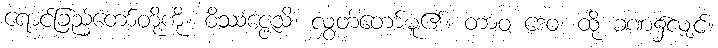
ရောင်ခြည်တော်တို့ကို။ ဝိဿဇ္ဇေသိ၊ လွှတ်တော်မူ၏။ တာဝ ဒေဝ၊ ထို ခဏ၌လျှင်။